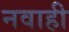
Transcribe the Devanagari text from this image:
नवाही